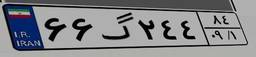
۶۶گ۲۴۴۸۴